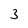
Character: 3